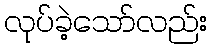
လုပ်ခဲ့သော်လည်း